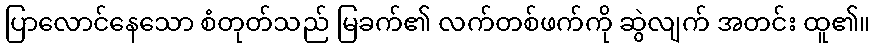
ပြာလောင်နေသော စံတုတ်သည် မြခက်၏ လက်တစ်ဖက်ကို ဆွဲလျက် အတင်း ထူ၏။